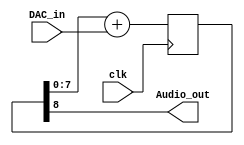
module dac8(
	input 		clk,
	input [7:0] DAC_in,
	output 		Audio_out
);
	reg [8:0] DAC_Register;
	always @(posedge clk) DAC_Register <= DAC_Register[7:0] + DAC_in;
	assign Audio_out = DAC_Register[8];
endmodule